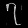
Digit: ၇